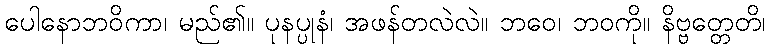
ပေါနောဘဝိကာ၊ မည်၏။ ပုနပ္ပုနံ၊ အဖန်တလဲလဲ။ ဘဝေ၊ ဘဝကို။ နိဗ္ဗတ္တေတိ၊